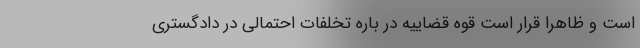
است و ظاهراً قرار است قوه قضاییه در باره تخلفات احتمالی در دادگستری